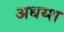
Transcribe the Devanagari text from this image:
अधय्श